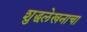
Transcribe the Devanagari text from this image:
शुद्धलेखनाचा